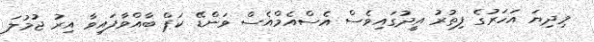
މިދިޔަ އަހަރުގެ ފިތުރު އީދުގައިވެސް އެސްއެމްއެސް ވަންޑޭ ކަޕް ބާއްވާފައިވާ އިރު ޖުމުލަ